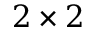
2 \times 2